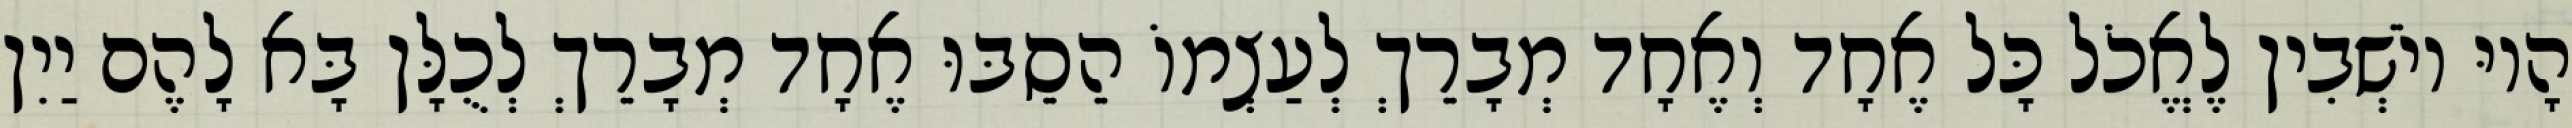
הָיוּ יוֹשְׁבִין לֶאֱכֹל כָּל אֶחָד וְאֶחָד מְבָרֵךְ לְעַצְמוֹ הֵסֵבּוּ אֶחָד מְבָרֵךְ לְכֻלָּן בָּא לָהֶם יַיִן